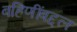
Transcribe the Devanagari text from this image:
बहिणींबद्दल